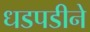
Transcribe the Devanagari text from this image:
धडपडीने